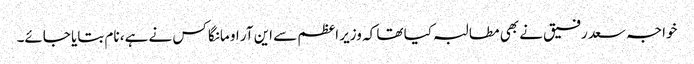
خواجہ سعد رفیق نے بھی مطالبہ کیا تھا کہ وزیر اعظم سے این آر او مانگا کس نے ہے، نام بتایا جائے۔